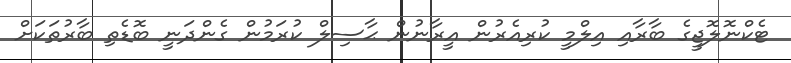
ޓެކްނޮލޮޖީގެ ބާރާއި އިލްމީ ކުރިއެރުން އީރާނުން ޙާސިލް ކުރަމުން ގެންދަނީ ބޮޑެތި ބާރުތަކަށް